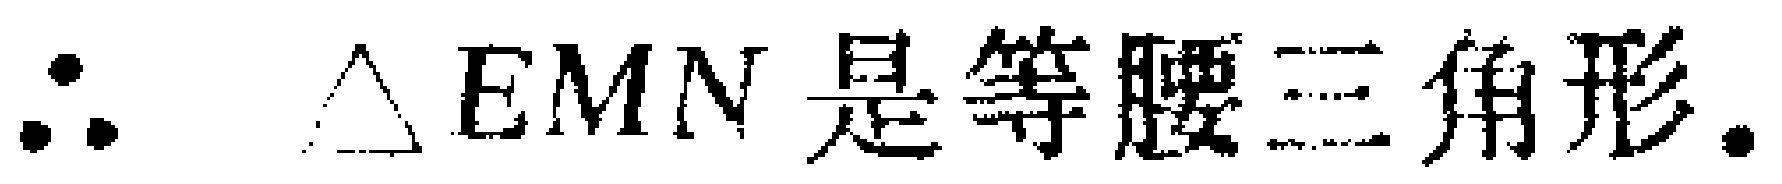
$\therefore \triangle EMN\text{ 是等腰三角形.}$